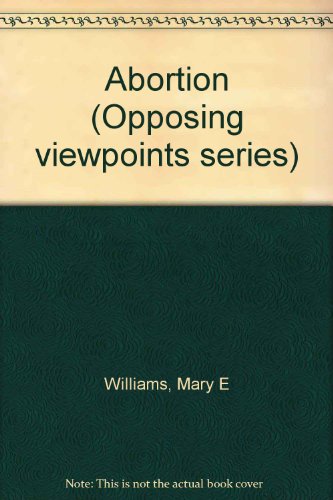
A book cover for Abortion (Opposing Viewpoints); Mary E. Williams; Teen & Young Adult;